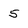
Character: 5